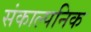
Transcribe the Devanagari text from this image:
संकाल्पनिक